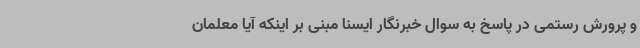
و پرورش رستمی در پاسخ به سوال خبرنگار ایسنا مبنی بر اینکه آیا معلمان